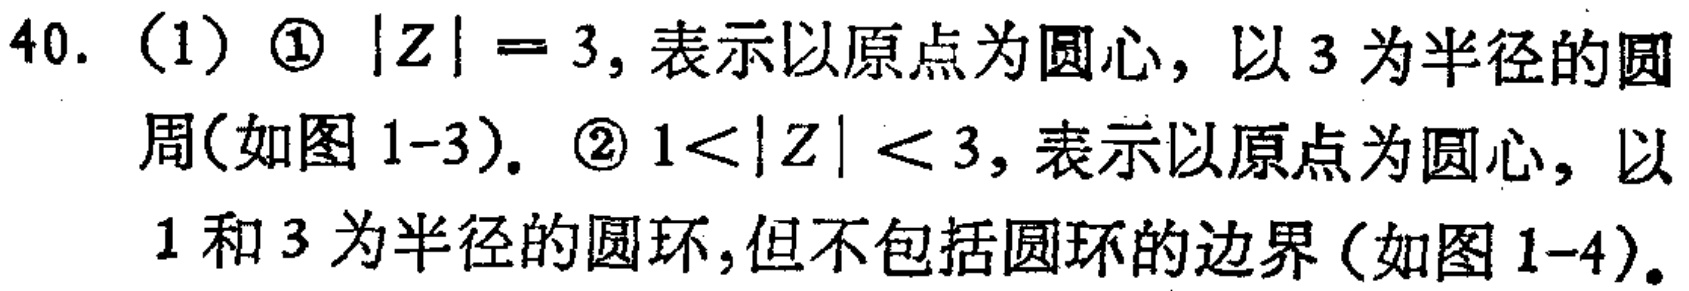
40. (1) \textcircled{1} \(|Z| = 3\), 表示以原点为圆心, 以 \(3\) 为半径的圆周(如图 1-3). \textcircled{2} \(1<|Z|<3\), 表示以原点为圆心, 以 \(1\) 和 \(3\) 为半径的圆环,但不包括圆环的边界(如图 1-4).